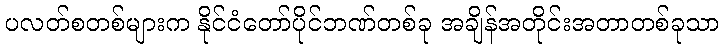
ပလတ်စတစ်များက နိုင်ငံတော်ပိုင်ဘဏ်တစ်ခု အချိန်အတိုင်းအတာတစ်ခုသာ